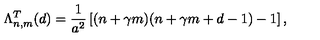
\Lambda _ { n , m } ^ { T } ( d ) = { \frac { 1 } { { a } ^ { 2 } } } \left[ ( n + \gamma m ) ( n + \gamma m + d - 1 ) - 1 \right] ,